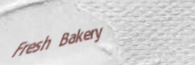
Fresh Bakery